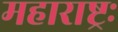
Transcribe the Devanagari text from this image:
महाराष्ट्रः